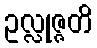
ဥလ္လုဇ္ဇတိ